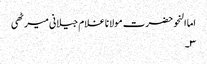
اما النحو حضرت مولانا غلام جیلانی میرٹھی
۳۔